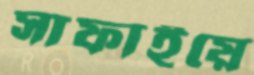
সাফাইয়ে